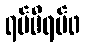
ရပ်မိရပ်ဖ